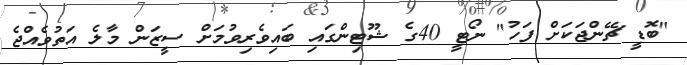
"ބޮޑީ ޗޭންޖަކަށް ފަހު" ނޯޓީ 40ގެ ޝޫޓިންގައި ބައިވެރިވުމަށް ސީޒަން މާލެ އަތުވެއްޖެ